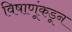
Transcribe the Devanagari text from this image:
विषाणूंकडून